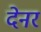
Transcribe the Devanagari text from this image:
देनर